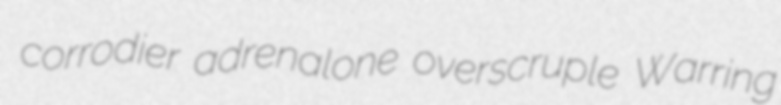
corrodier adrenalone overscruple Warring